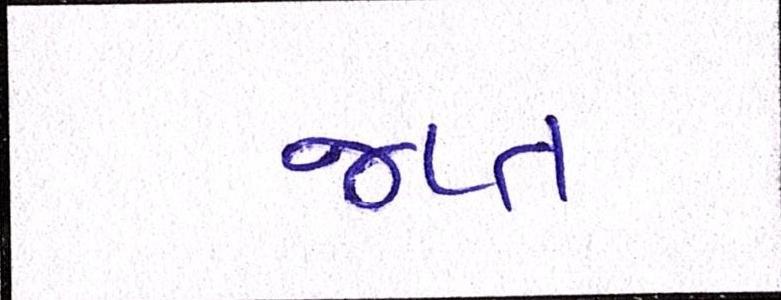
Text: જપ્ત